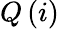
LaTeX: Q\, (i)